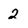
Character: 2